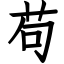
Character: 苟